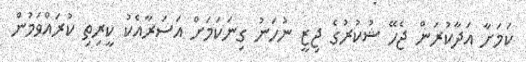
ކަމަށާ އަދާކުރަން ޖެހޭ ޝުކުރުގެ ޖިޒީ ނުހަނު ގިނަކަމަށް އަސަރާއެކު ކީރިތި ކުރައްވަމުން